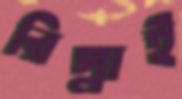
রিপ্লাই